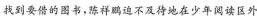
找到要借的图书，陈鹏祥迫不及待地在少年阅读区外